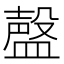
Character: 𰥃